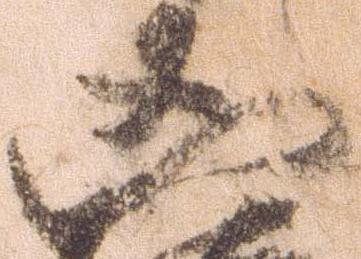
凶